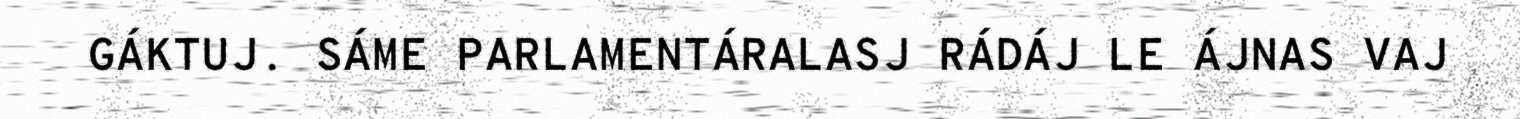
GÁKTUJ. SÁME PARLAMENTÁRALASJ RÁDÁJ LE ÁJNAS VAJ